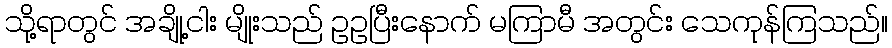
သို့ရာတွင် အချို့ငါး မျိုးသည် ဥဥပြီးနောက် မကြာမီ အတွင်း သေကုန်ကြသည်။